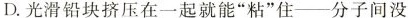
D.光滑铅块挤压在一起就能”粘”住--分子间没